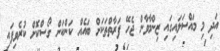
އަދި މި މައްސަލައިގައި ޒިންމާވާން ޖެހޭ ފަރާތްތަކަށް ބައެއް ކަންކަން ގޯސްކޮށް ކުރެވިފައި